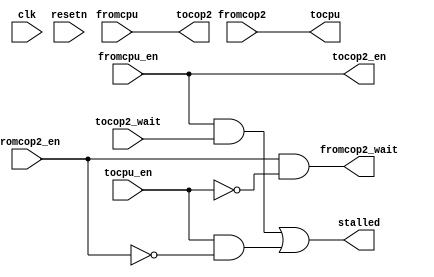
/*******
 * SPREE limitation - by not specifying stall signal name and assuming
 * "stalled" requires you to have only one opcode port which stalls
 *
 * We get around this since both INPUT&OUTPUT are in the same stage so we 
 * can use the same stall signal.
 *******/

module cop2(
    clk,
    resetn,
    stalled,

    fromcpu,
    fromcpu_en,
    tocpu,
    tocpu_en,

    //Global I/O
    tocop2,
    tocop2_en,
    tocop2_wait,
    fromcop2,
    fromcop2_en,
    fromcop2_wait
    );

input clk;
input resetn;
output stalled;

input   [31:0] fromcpu;
input          fromcpu_en;
output  [31:0] tocpu;
input          tocpu_en;

output  [31:0] tocop2;
output         tocop2_en;
input          tocop2_wait;
input   [31:0] fromcop2;
input          fromcop2_en;
output         fromcop2_wait;


  assign tocop2=fromcpu;
  assign tocop2_en=fromcpu_en;

  assign tocpu=fromcop2;
  assign fromcop2_wait=fromcop2_en&~tocpu_en;   //assign 1 if pipe is stalled 

  assign stalled= (fromcpu_en & tocop2_wait) || (tocpu_en & ~fromcop2_en);

endmodule